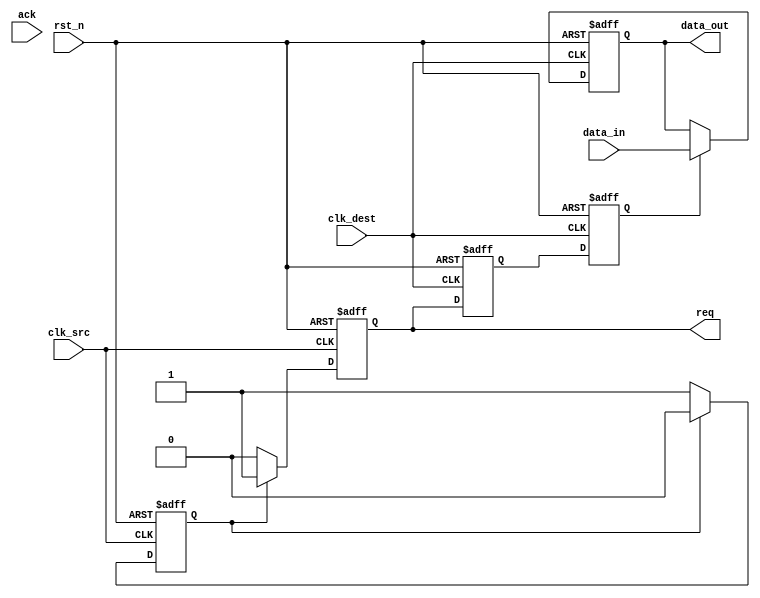
module handshake_synchronizer #(
    parameter DATA_WIDTH = 8  // Parameter for data width
)(
    input wire clk_src,        // Source clock
    input wire clk_dest,       // Destination clock
    input wire rst_n,          // Asynchronous reset (active low)
    input wire [DATA_WIDTH-1:0] data_in, // Data input from source
    output reg [DATA_WIDTH-1:0] data_out, // Data output to destination
    output reg req,            // Request signal from source
    input wire ack             // Acknowledgment signal from destination
);

// Internal signals for synchronization
reg req_sync_1, req_sync_2;  // Synchronization registers for req
reg ack_sync_1, ack_sync_2;  // Synchronization registers for ack
reg data_valid;              // Flag to indicate valid data

// Generate request signal when data is valid
always @(posedge clk_src or negedge rst_n) begin
    if (!rst_n) begin
        req <= 1'b0;
        data_valid <= 1'b0;
    end else begin
        // Assert req when data is valid
        req <= data_valid ? 1'b1 : 1'b0;
        if (data_valid) begin
            data_valid <= 1'b0; // Clear after request
        end else begin
            // If data is available, set data_valid flag
            data_valid <= 1'b1; // This can be triggered by some logic
        end
    end
end

// Synchronize req signal to destination clock domain
always @(posedge clk_dest or negedge rst_n) begin
    if (!rst_n) begin
        req_sync_1 <= 1'b0;
        req_sync_2 <= 1'b0;
    end else begin
        req_sync_1 <= req; // First stage of synchronization
        req_sync_2 <= req_sync_1; // Second stage of synchronization
    end
end

// Process data transfer on req reception
always @(posedge clk_dest or negedge rst_n) begin
    if (!rst_n) begin
        data_out <= {DATA_WIDTH{1'b0}}; // Initialize data_out
    end else if (req_sync_2) begin
        data_out <= data_in; // Transfer data when req is high
    end
end

// Acknowledge signal synchronization
always @(posedge clk_src or negedge rst_n) begin
    if (!rst_n) begin
        ack_sync_1 <= 1'b0;
        ack_sync_2 <= 1'b0;
    end else begin
        ack_sync_1 <= ack; // First stage of acknowledgment synchronization
        ack_sync_2 <= ack_sync_1; // Second stage of acknowledgment synchronization
    end
end

// Generate acknowledgment signal logic
always @(posedge clk_dest or negedge rst_n) begin
    if (!rst_n) begin
        // Reset state
    end else if (req_sync_2) begin
        // Assert ack when data is received
        ack <= 1'b1; // Assert acknowledgment
    end else if (ack_sync_2) begin
        ack <= 1'b0; // Deassert acknowledgment once received
    end
end

endmodule